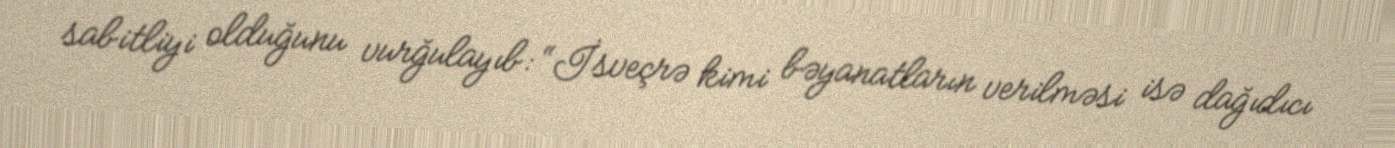
sabitliyi olduğunu vurğulayıb: “İsveçrə kimi bəyanatların verilməsi isə dağıdıcı